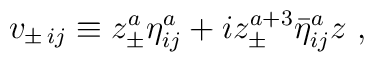
v_{\pm\,ij}\equiv z_{\pm}^a {\eta}^a_{ij}+i z_{\pm}^{a+3}{\bar \eta}^a_{ij}z\ ,